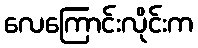
လေကြောင်းလိုင်းက